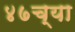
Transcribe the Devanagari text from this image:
४७च्या